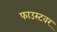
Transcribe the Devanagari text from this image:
फाउस्टवर